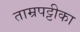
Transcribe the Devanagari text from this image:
ताम्रपट्टीका